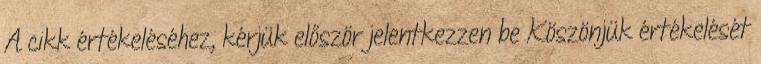
A cikk értékeléséhez, kérjük először jelentkezzen be Köszönjük értékelését